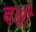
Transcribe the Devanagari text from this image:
वक्षी